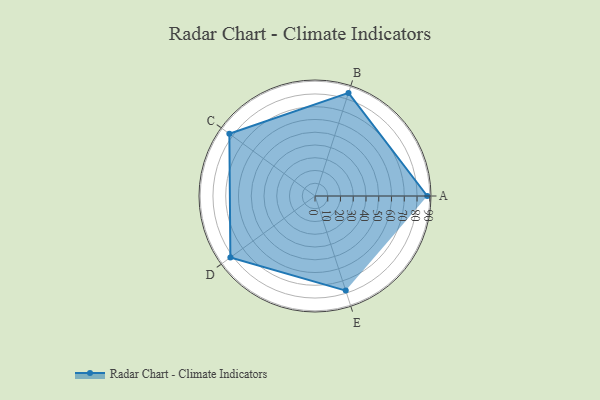
{"axis": {"x": "Skill", "y": "Score"}, "legend": ["Profile"], "data": [{"x": "A", "y": 88.0, "type": "Profile"}, {"x": "B", "y": 85.0, "type": "Profile"}, {"x": "C", "y": 83.0, "type": "Profile"}, {"x": "D", "y": 82.0, "type": "Profile"}, {"x": "E", "y": 78.0, "type": "Profile"}]}